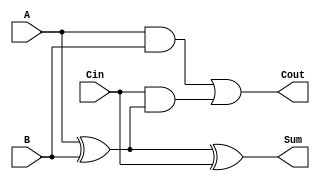
module TransmissionGateFullAdder (
    input wire A,      // First input bit
    input wire B,      // Second input bit
    input wire Cin,    // Carry-in bit
    output wire Sum,   // Sum output
    output wire Cout   // Carry-out output
);

    wire AB_xor;       // Intermediate wire for A XOR B
    wire AB_and;       // Intermediate wire for A AND B
    wire Cin_AB_xor;   // Intermediate wire for Cin AND (A XOR B)
    
    // Transmission Gate for A XOR B
    assign AB_xor = (A ^ B);
    
    // Transmission Gates for Sum = A XOR B XOR Cin
    assign Sum = AB_xor ^ Cin;

    // Transmission Gate for A AND B
    assign AB_and = A & B;
    
    // Transmission Gate for Cin AND (A XOR B)
    assign Cin_AB_xor = Cin & AB_xor;
    
    // Carry-out = (A AND B) OR (Cin AND (A XOR B))
    assign Cout = AB_and | Cin_AB_xor;

endmodule